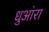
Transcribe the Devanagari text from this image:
धुआंरा